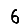
Digit: 6